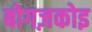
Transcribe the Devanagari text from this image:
बोगज़कोइ